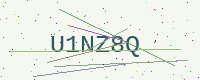
Text: U1NZ8Q